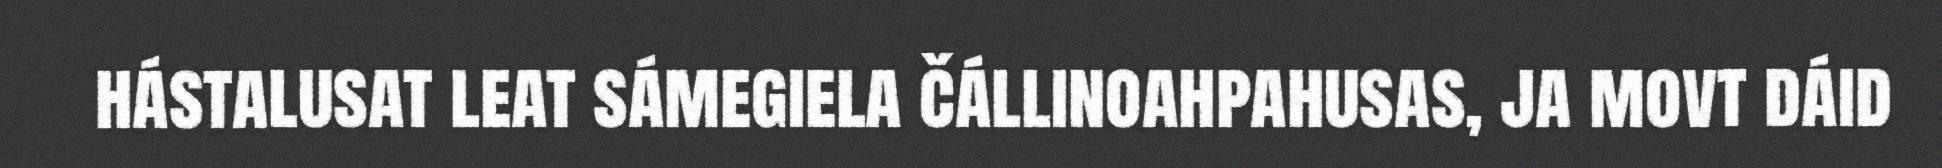
hástalusat leat sámegiela čállinoahpahusas, ja movt dáid